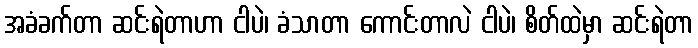
အခံခက်တာ ဆင်းရဲတာဟာ ငါပဲ၊ ခံသာတာ ကောင်းတာလဲ ငါပဲ၊ စိတ်ထဲမှာ ဆင်းရဲတာ